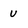
Character: u